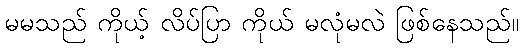
မမသည် ကိုယ့် လိပ်ပြာ ကိုယ် မလုံမလဲ ဖြစ်နေသည်။